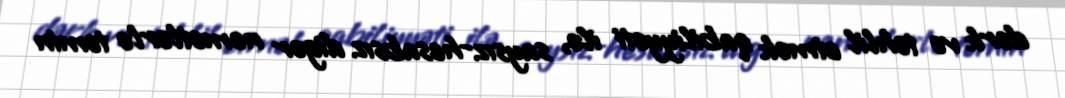
dərk və təhlil etmək qabiliyyəti ilə, saysız-hesabsız digər nemətlərlə təmin